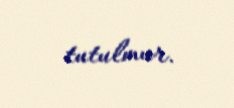
tutulmur.